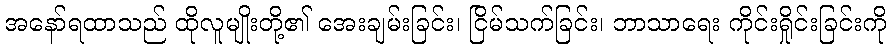
အနော်ရထာသည် ထိုလူမျိုးတို့၏ အေးချမ်းခြင်း၊ ငြိမ်သက်ခြင်း၊ ဘာသာရေး ကိုင်းရှိုင်းခြင်းကို